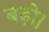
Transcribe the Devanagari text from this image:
बढ़ो।